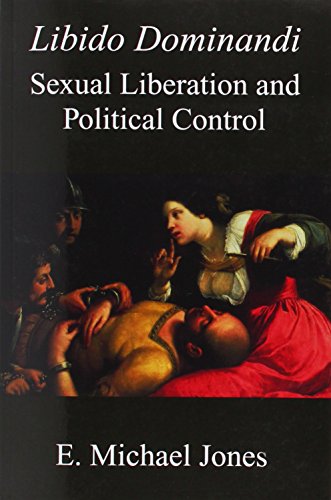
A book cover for Libido Dominandi: Sexual Liberation & Political Control; E. Michael Jones; Politics & Social Sciences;